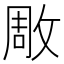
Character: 𭣶